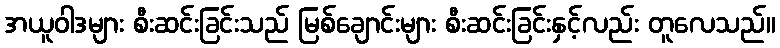
အယူဝါဒများ စီးဆင်းခြင်းသည် မြစ်ချောင်းများ စီးဆင်းခြင်းနှင့်လည်း တူလေသည်။